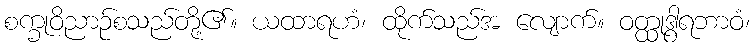
စက္ခုဝိညာဉ်စသည်တို့၏။ ယထာရဟံ၊ ထိုက်သည်အ လျောက်။ ဝတ္ထုဒွါရဘာဝံ၊